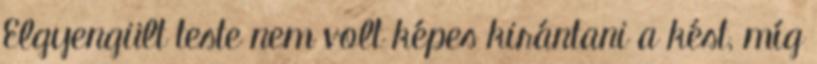
Elgyengült teste nem volt képes kirántani a kést, míg